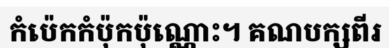
កំប៉េកកំប៉ុកប៉ុណ្ណោះ។ គណបក្សពីរ